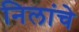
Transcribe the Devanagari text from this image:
निलांचे